system: You are a helpful assistant.
user:
Analyze the provided spectrum to determine if it is a **"Cataclysmic Variables (CV)"**.

- **Key Indicators for CV (Check for either state):**
    - **State 1: Quiescent / Low-State (Emission-Dominated)**
        - **(Primary):** Strong and *very broad* Hydrogen Balmer emission lines (e.g., $H\alpha$ at 6563 Å, $H\beta$ at 4861 Å). The 'broadness' (high velocity dispersion, often FWHM > 1000 km/s) is the key diagnostic, indicating a high-velocity accretion disk.
        - **(Secondary):** Broad neutral Helium (He I) emission lines (e.g., 5876 Å, 6678 Å).
        - **(Key Confirmation):** Presence of high-excitation *ionized* Helium (He II) emission at 4686 Å. This is a strong indicator of accretion onto a white dwarf.
        - **(Line Profile):** Emission lines may exhibit a 'double-peaked' profile, which is a classic signature of a rotating accretion disk viewed at high inclination.

    - **State 2: Outburst / High-State (Absorption-Dominated)**
        - **(Primary):** Spectrum is dominated by a bright, blue continuum (looks like a hot star).
        - **(Secondary):** The emission lines from State 1 are weak, absent, or 'filled in', and are replaced by broad, shallow *absorption* lines (primarily Balmer and He I).
        - **(Morphology):** The overall spectrum mimics a hot B/A-type star. The crucial difference is that the absorption lines are significantly broader, shallower, and more 'washed-out' (or 'smeared') than the sharp lines of a normal stellar photosphere, due to high rotational speeds and pressure broadening in the disk.

Think first, call **spectral_visualization_tool** if needed to examine features in detail, then provide your final answer. Your response must adhere to the following strict rules:
1.  **Overall Structure:** Your response must follow the format `<think>...</think> <tool_call>...</tool_call> (if a tool is used) <answer>...</answer>`.
2.  **Tool Usage Constraint:** You may only make **one** tool call per turn.
3.  **Final Answer Format:** In the `<answer>` tag, your conclusion must be inside a `\boxed{}` command (e.g., `\boxed{YES}`), followed by your justification.

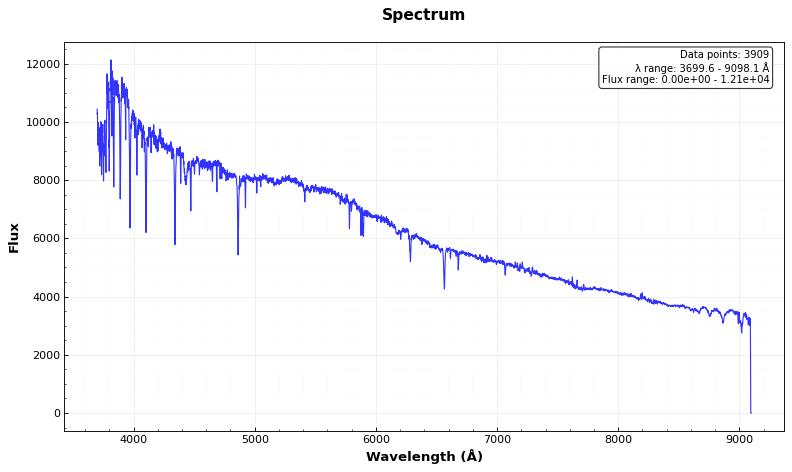
Answer: NO